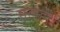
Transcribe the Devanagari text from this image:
मलही